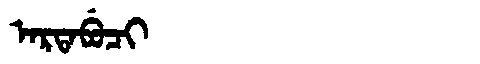
Manchu: ᠠᡵᡨᠠᠪᡠᠴᡳ
Romanization: ARTABUCI